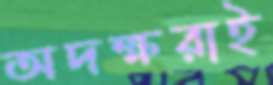
অদক্ষরাই